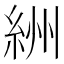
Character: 絒